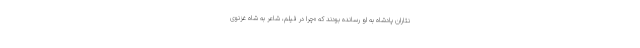
نثاران پادشاه به او رسانده بودند که «چرا در فیلم، شاعر به شاه غزنوی